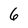
Character: 6